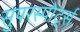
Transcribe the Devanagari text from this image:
सुपरस्पोर्ट्स